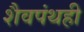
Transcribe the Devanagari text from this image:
शैवपंथही